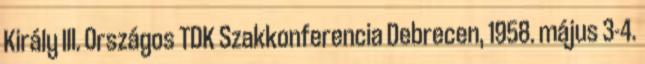
Király III. Országos TDK Szakkonferencia Debrecen, 1958. május 3-4.